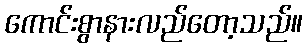
ကောင်းစွာနားလည်တော့သည်။